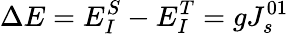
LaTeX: \Delta E=E_{I}^{S}-E_{I}^{T}=gJ_{s}^{01}